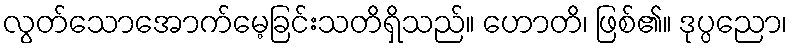
လွတ်သောအောက်မေ့ခြင်းသတိရှိသည်။ ဟောတိ၊ ဖြစ်၏။ ဒုပ္ပညော၊